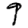
Digit: 9